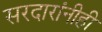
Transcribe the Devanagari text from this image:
सरदारांनीही